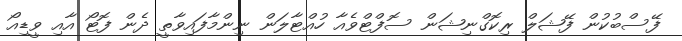
ފޭސްބުކުން ފޭޝަލް ރިކޮގްނިޝަން ސޮފްޓްވެއާ ހުއްޓާލަން ނިންމާފައިވާތީ ދެން ފޮޓޯ އާއި ވީޑިއޯ